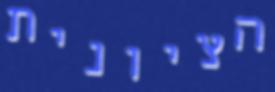
הציונית